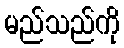
မည်သည်ကို